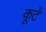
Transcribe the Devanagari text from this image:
कूटें